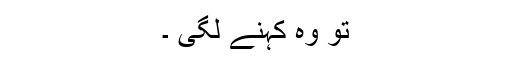
تو وہ کہنے لگی ۔